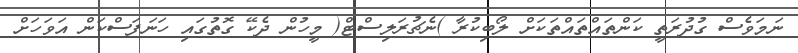
ނަމަވެސް ގުދުރަތީ ކަންތައްތައްތަކަށް ލޯބިކުރާ )ނެޗުރަލިސްޓް( މީހުން ދެކޭ ގޮތުގައި ހަނަފަސްކަން އަވަހަށް